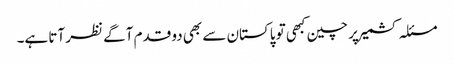
مسئلہ کشمیر پر چین کبھی تو پاکستان سے بھی دو قدم آگے نظر آتا ہے۔